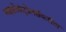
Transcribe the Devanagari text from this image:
माइक्रोकंट्रोलर्सकरीता